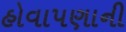
હોવાપણાની